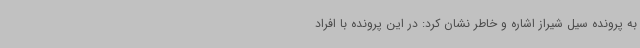
به پرونده سیل شیراز اشاره و خاطر نشان کرد: در این پرونده با افراد